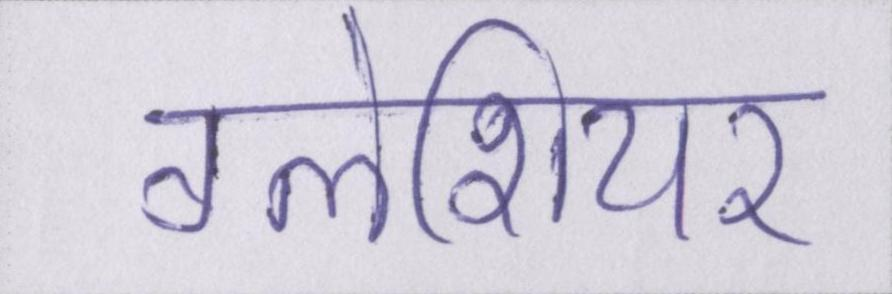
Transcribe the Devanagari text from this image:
ग्लेशियर